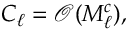
C _ { \ell } = \mathcal { O } ( M _ { \ell } ^ { c } ) ,